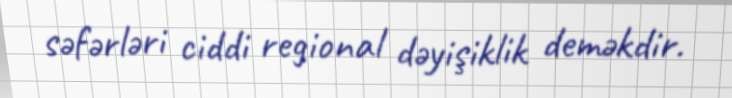
səfərləri ciddi regional dəyişiklik deməkdir.